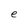
Character: e